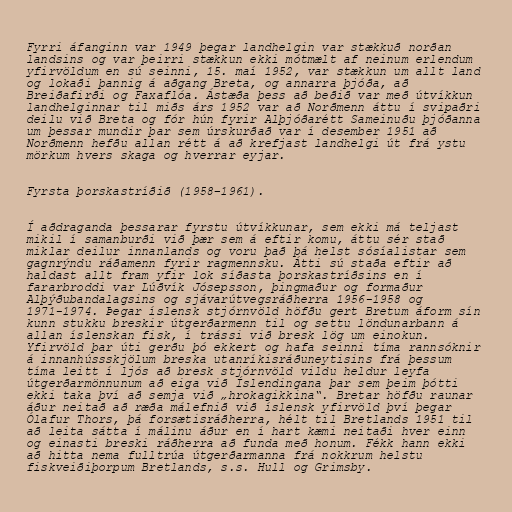
Fyrri áfanginn var 1949 þegar landhelgin var stækkuð norðan
landsins og var þeirri stækkun ekki mótmælt af neinum erlendum
yfirvöldum en sú seinni, 15. maí 1952, var stækkun um allt land
og lokaði þannig á aðgang Breta, og annarra þjóða, að
Breiðafirði og Faxaflóa. Ástæða þess að beðið var með útvíkkun
landhelginnar til miðs árs 1952 var að Norðmenn áttu í svipaðri
deilu við Breta og fór hún fyrir Alþjóðarétt Sameinuðu þjóðanna
um þessar mundir þar sem úrskurðað var í desember 1951 að
Norðmenn hefðu allan rétt á að krefjast landhelgi út frá ystu
mörkum hvers skaga og hverrar eyjar.

Fyrsta þorskastríðið (1958–1961).

Í aðdraganda þessarar fyrstu útvíkkunar, sem ekki má teljast
mikil í samanburði við þær sem á eftir komu, áttu sér stað
miklar deilur innanlands og voru það þá helst sósíalistar sem
gagnrýndu ráðamenn fyrir ragmennsku. Átti sú staða eftir að
haldast allt fram yfir lok síðasta þorskastríðsins en í
fararbroddi var Lúðvík Jósepsson, þingmaður og formaður
Alþýðubandalagsins og sjávarútvegsráðherra 1956-1958 og
1971-1974. Þegar íslensk stjórnvöld höfðu gert Bretum áform sín
kunn stukku breskir útgerðarmenn til og settu löndunarbann á
allan íslenskan fisk, í trássi við bresk lög um einokun.
Yfirvöld þar úti gerðu þó ekkert og hafa seinni tíma rannsóknir
á innanhússskjölum breska utanríkisráðuneytisins frá þessum
tíma leitt í ljós að bresk stjórnvöld vildu heldur leyfa
útgerðarmönnunum að eiga við Íslendingana þar sem þeim þótti
ekki taka því að semja við „hrokagikkina“. Bretar höfðu raunar
áður neitað að ræða málefnið við íslensk yfirvöld því þegar
Ólafur Thors, þá forsætisráðherra, hélt til Bretlands 1951 til
að leita sátta í málinu áður en í hart kæmi neitaði hver einn
og einasti breski ráðherra að funda með honum. Fékk hann ekki
að hitta nema fulltrúa útgerðarmanna frá nokkrum helstu
fiskveiðiþorpum Bretlands, s.s. Hull og Grimsby.